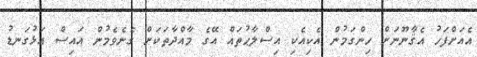
އެއަށްފަހު އެޤާނޫނަށް ހިންގަމުން އެކިއެކި އިސްލާޙުތައް އޭގެ މާއްދާތަކަށް ގެނެވެމުން އައިސް އަޅުގަނޑު